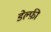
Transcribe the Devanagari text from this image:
डेल्फ़ी